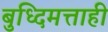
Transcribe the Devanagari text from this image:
बुध्दिमत्ताही